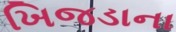
ખિજડાના